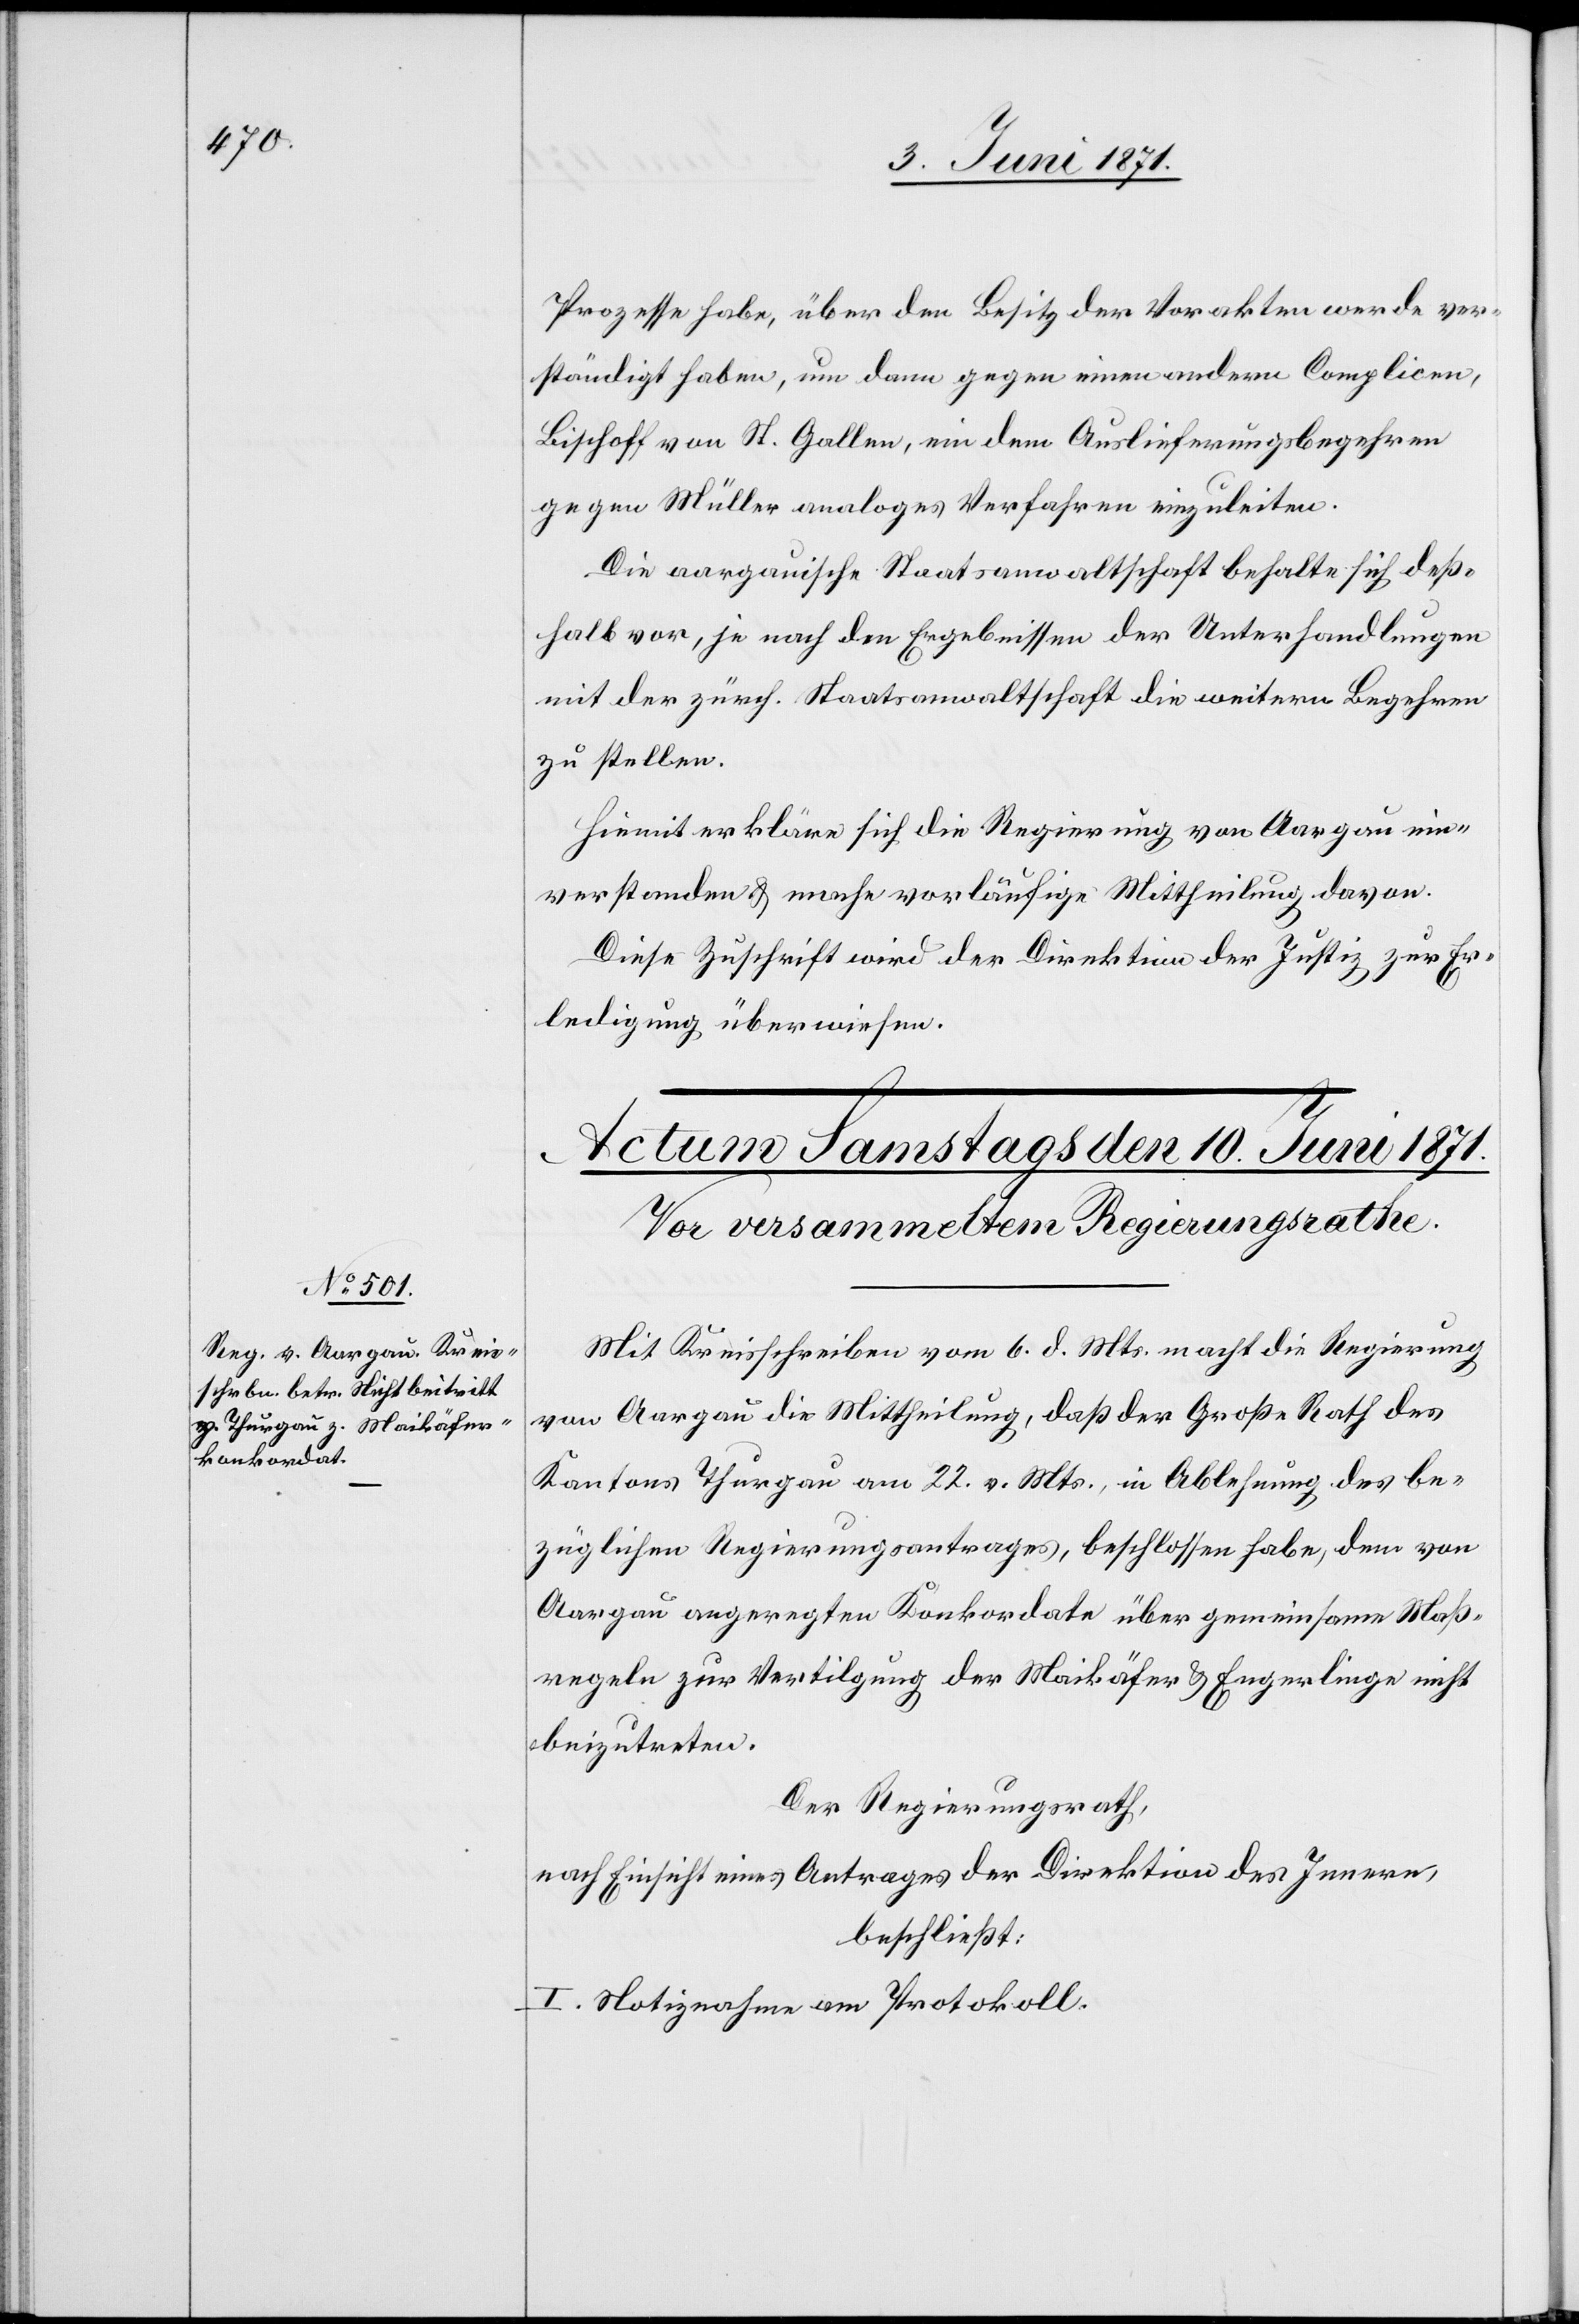
Prozesse habe, über den Besitz der Vorakten werde ver¬
ständigt haben, um dann gegen einen andern Complicen,
Bischoff von St. Gallen, ein dem Auslieferungsbegehren
gegen Müller analoges Verfahren einzuleiten.
Die aargauische Staatsanwaltschaft behalte sich deß¬
halb vor, je nach den Ergebnissen der Unterhandlungen
mit der zürch. Staatsanwaltschaft die weitern Begehren
zu stellen.
Hiemit erkläre sich die Regierung von Aargau ein¬
verstanden u. mache vorläufige Mittheilung davon.
Diese Zuschrift wird der Direktion der Justiz zur Er¬
ledigung überwiesen.
Mit Kreisschreiben vom 6. d. Mts. macht die Regierung
von Aargau die Mittheilung, daß der Große Rath des
Kantons Thurgau am 22. v. Mts., in Ablehnung des be¬
züglichen Regierungsantrages, beschlossen habe, dem von
Aargau angeregten Konkordate über gemeinsame Maß¬
regeln zur Vertilgung der Maikäfer u. Engerlinge nicht
beizutreten.
Der Regierungsrath,
nach Einsicht eines Antrages der Direktion des Innern,
beschließt:
I. Notiznahme am Protokoll.